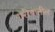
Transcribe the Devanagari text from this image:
गरीबातील